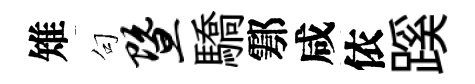
雉句暨驕鄠咸依蹊